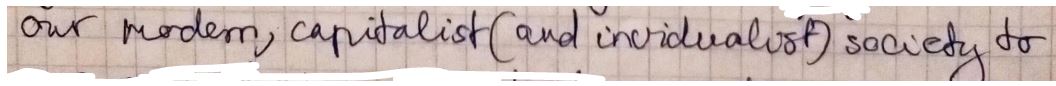
our modern capitalist ( and individualist ) society to